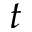
t